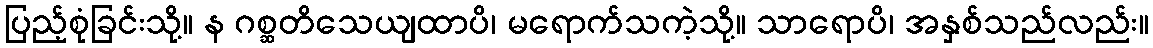
ပြည့်စုံခြင်းသို့။ န ဂစ္ဆတိသေယျထာပိ၊ မရောက်သကဲ့သို့။ သာရောပိ၊ အနှစ်သည်လည်း။